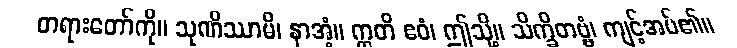
တရားတော်ကို။ သုဏိဿာမိ၊ နာအံ့။ ဣတိ ဧဝံ၊ ဤသို့။ သိက္ခိတဗ္ဗံ၊ ကျင့်အပ်၏။